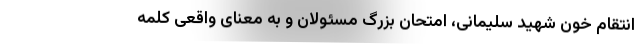
انتقام خون شهید سلیمانی، امتحان بزرگ مسئولان و به معنای واقعی کلمه